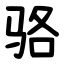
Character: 骆